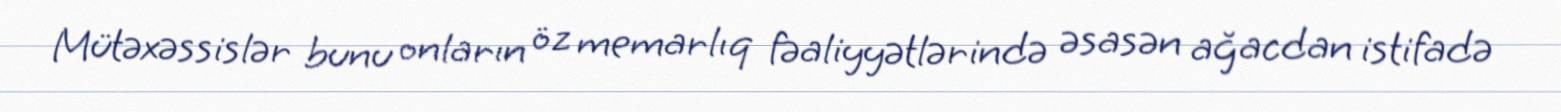
Mütəxəssislər bunu onların öz memarlıq fəaliyyətlərində əsasən ağacdan istifadə